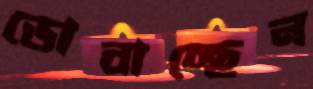
ডোবাচ্ছেন